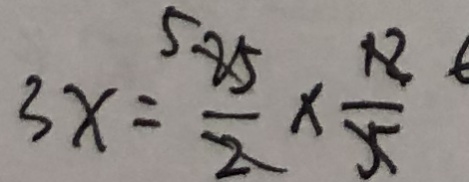
3 x = \frac { 5 2 5 } { 2 } \times \frac { 1 2 } { 5 }